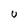
Character: U